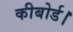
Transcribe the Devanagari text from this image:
कीबोर्ड।